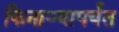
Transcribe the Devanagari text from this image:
किनार्‍यापर्यंत